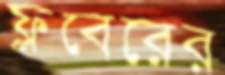
ফ্লবেরের